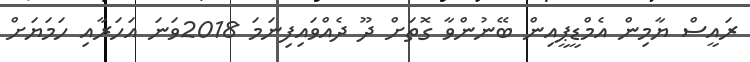
ރައީސް ޔާމިން އެމްޑީޕީއިން ބޭނުންވާ ގޮތަށް ދޫ ދެއްވައިފިނަމަ 2018ވަނަ އަހަރާއި ހަމަޔަށް